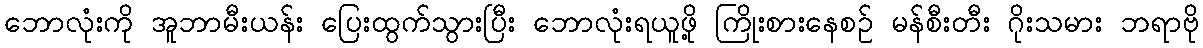
ဘောလုံးကို အူဘာမီးယန်း ပြေးထွက်သွားပြီး ဘောလုံးရယူဖို့ ကြိုးစားနေစဉ် မန်စီးတီး ဂိုးသမား ဘရာဗို